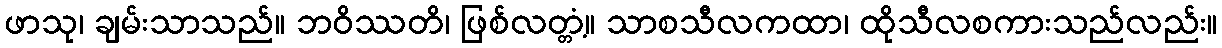
ဖာသု၊ ချမ်းသာသည်။ ဘဝိဿတိ၊ ဖြစ်လတ္တံ့။ သာစသီလကထာ၊ ထိုသီလစကားသည်လည်း။